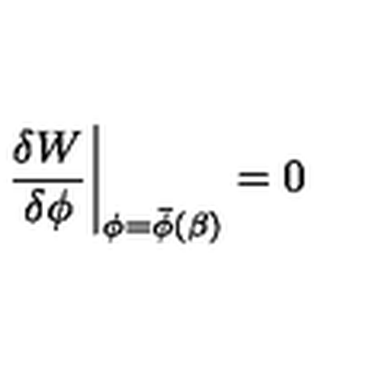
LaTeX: \left. { \frac { \delta W } { \delta \phi } } \right| _ { \phi = \bar { \phi } ( \beta ) } = 0